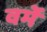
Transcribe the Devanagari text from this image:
वर्मे